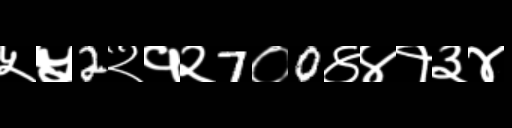
Text: ५५2२१२7०0४४१३४